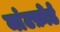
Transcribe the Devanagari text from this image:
मांटफ़ोर्ड